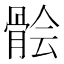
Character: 𩩈